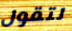
لتقول